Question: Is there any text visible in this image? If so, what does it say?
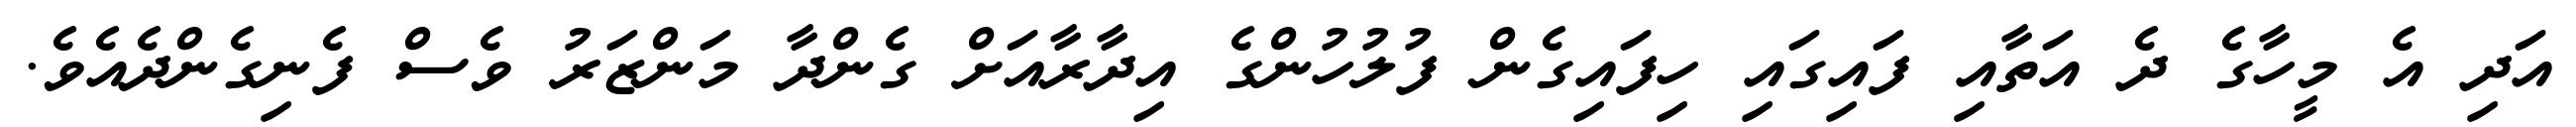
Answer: އަދި އެ މީހާގެ ދެ އަތާއި ފައިގައި ހިފައިގެން ފުލުހުންގެ އިދާރާއަށް ގެންދާ މަންޒަރު ވެސް ފެނިގެންދެއެވެ.